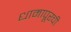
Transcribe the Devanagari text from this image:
धामापूरची